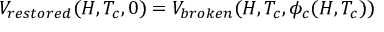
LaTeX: V _ { r e s t o r e d } ( H , T _ { c } , 0 ) = V _ { b r o k e n } ( H , T _ { c } , \phi _ { c } ( H , T _ { c } ) )